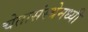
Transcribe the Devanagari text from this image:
चेतासंस्थेमध्यी